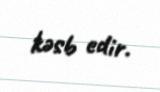
kəsb edir.